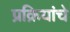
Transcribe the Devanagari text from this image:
प्रक्रियांचे